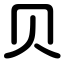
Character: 贝